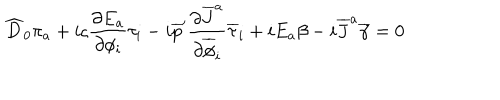
LaTeX: \widehat { D } _ { 0 } \pi _ { a } + i \varsigma { \frac { \partial E _ { a } } { \partial \phi _ { i } } } \tau _ { i } - i \overline { { { p } } } ^ { \prime } { \frac { \partial \overline { { { J } } } ^ { a } } { \partial \overline { { { \phi } } } _ { i } } } \overline { { { \tau } } } _ { i } + i E _ { a } \beta - i \overline { { { J } } } ^ { a } \overline { { { \gamma } } } = 0